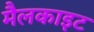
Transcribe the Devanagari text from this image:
मैलकाइट